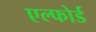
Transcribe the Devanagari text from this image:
एल्फोर्ड